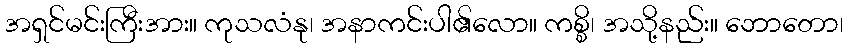
အရှင်မင်းကြီးအား။ ကုသလံနု၊ အနာကင်းပါ၏လော။ ကစ္စိ၊ အသို့နည်း။ ဘောတော၊